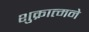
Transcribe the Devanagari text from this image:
शुक्रात्मने